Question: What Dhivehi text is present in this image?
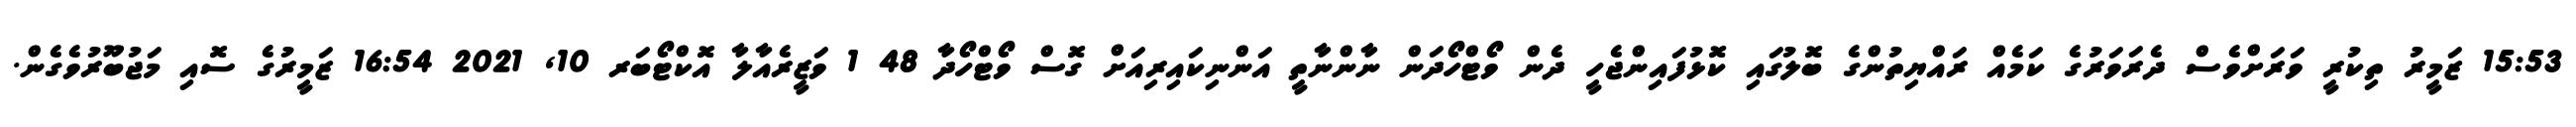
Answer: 15:53 ޒަމީރު ތިކުރީ ވަރަށްވެސް ދެރަވަރުގެ ކަމެއް ރައްޔިތުންގެ ބޮލުގައި ކޮޅުފައިންޖެހީ ދެން ވޯޓްހޯދަން ނާންނާތީ އަންނިކައިރިއަށް ގޮސް ވޯޓްހޯދާ 48 1 ވަޒީރެއާލާ އޮކްޓޯބަރ 10, 2021 16:54 ޒަމީރުގެ ސޮއި މަޖުބޫރުވެގެން.